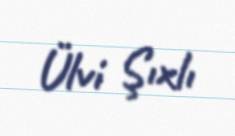
Ülvi Şıxlı